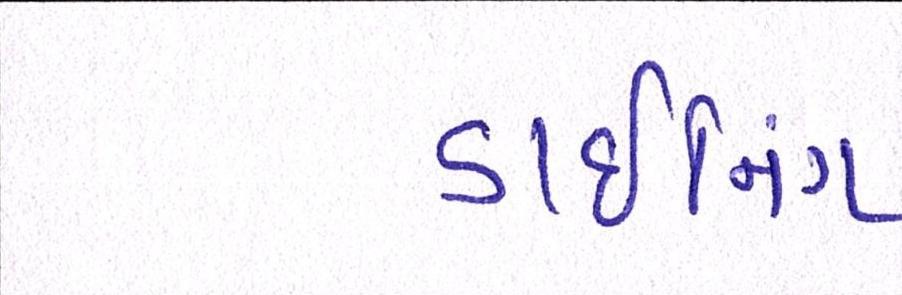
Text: ડાઇનિંગ